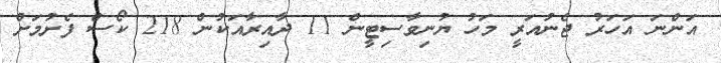
އަންނަ އަހަރު ޖެނުއަރީ މަހު ޔުނިވާސިޓީން 11 ދާއިރާއަކުން 218 ކޯސް ފެށުމަށް